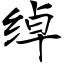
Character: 绰